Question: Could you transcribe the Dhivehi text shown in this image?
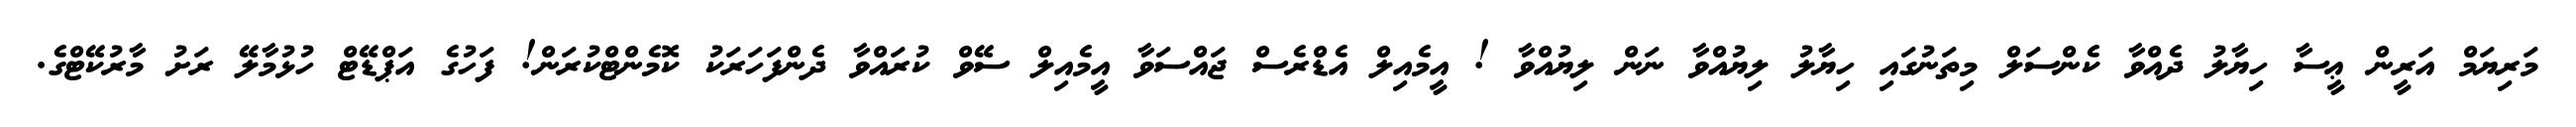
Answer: މަރިޔަމް އަރީން ޢީސާ ހިޔާލު ދެއްވާ ކެންސަލް މިތަނުގައި ހިޔާލު ލިޔުއްވާ ނަން ލިޔުއްވާ ! އީމެއިލް އެޑްރެސް ޖައްސަވާ އީމެއިލް ސޭވް ކުރައްވާ ދެންފަހަރަކު ކޮމެންޓްކުރަން! ފަހުގެ އަޕްޑޭޓް ހުޅުމާލޭ ރަށު މާރުކޭޓްގެ.